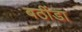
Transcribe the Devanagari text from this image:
बठींडा